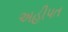
અહીપત